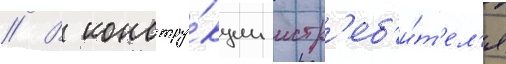
// В констру́кции истр'еб'и́т'ел'я